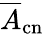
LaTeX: \overline{{A}}_{\mathrm{cn}}